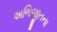
અભિજીતના